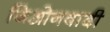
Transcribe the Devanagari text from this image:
जिओनवादी